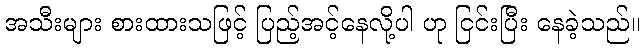
အသီးများ စားထားသဖြင့် ပြည့်အင့်နေလို့ပါ ဟု ငြင်းပြီး နေခဲ့သည်။